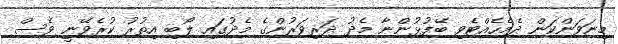
މިނަވަންކަން ދެމެހެއްޓެވި ބޭފުޅުންނާ މެދު ދަރިވަރުންގެ މެދުގައި ލޯބި އިތުރު ކުރެވޭނީ ވެސް